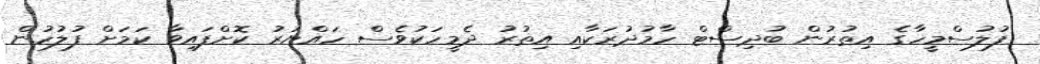
ފުލުސްމީހާގެ އިތުރުން ބުދިސްޓް ހާމުދުރަކާއި އިތުރު ދެމީހަކުވެސް ހައްޔަރު ކޮށްފައިވާ ކަމަށް ފުލުހުން